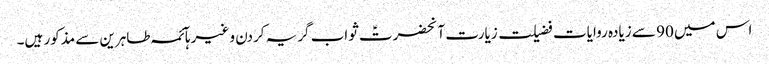
اس میں 90 سے زیادہ روایات فضیلت زیارت آنحضرتؑ ثواب گریہ کردن و غیرہآئمہ طاہرین سے مذکور ہیں۔